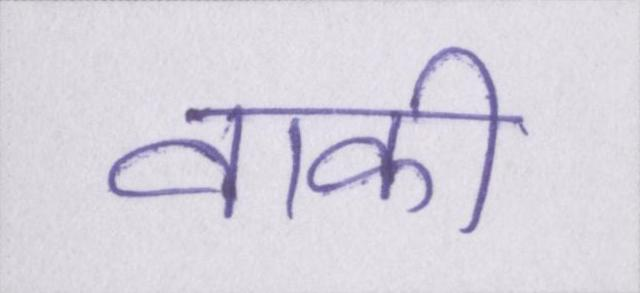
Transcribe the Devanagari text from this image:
वाकी